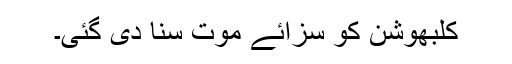
کلبھوشن کو سزائے موت سنا دی گئی۔